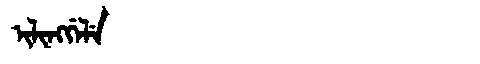
Manchu: ᡳᠯᡳᠩᡤᡝᠯᡝ
Romanization: ILINGGELE